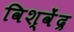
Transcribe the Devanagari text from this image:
विश्वेंद्र